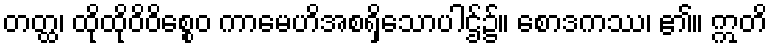
တတ္ထ၊ ထိုထိုဝိဝိစ္စေဝ ကာမေဟိအစရှိသောပါဌ်၌။ စောဒကဿ၊ ၏။ ဣတိ